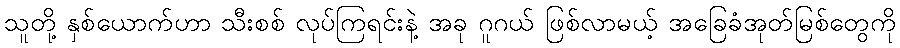
သူတို့ နှစ်ယောက်ဟာ သီးစစ် လုပ်ကြရင်းနဲ့ အခု ဂူဂယ် ဖြစ်လာမယ့် အခြေခံအုတ်မြစ်တွေကို